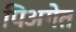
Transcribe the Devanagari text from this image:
पिअगेत